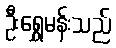
ဦးရွှေမန်းသည်